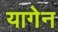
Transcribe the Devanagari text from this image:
यागेन